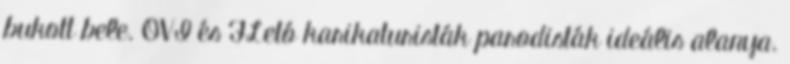
bukott bele. OVI és FLetó karikaturisták parodisták ideális alanya.